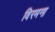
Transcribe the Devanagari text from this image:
विरमना